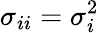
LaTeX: \sigma_{ii}=\sigma_{i}^{2}